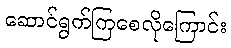
ဆောင်ရွက်ကြစေလိုကြောင်း